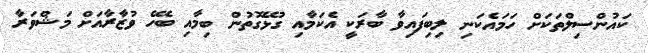
ކައުންސިލްތަކަށް ހަމައެކަނި ލިބިފައިވާ ބާރަކީ އެކަމާއި ގުޅޭގޮތުން ބިމާއި ބެހޭ ވުޒާރާއަށް މަޝްވަރާ